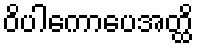
ဝိပါကောပေအတ္ထိ